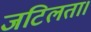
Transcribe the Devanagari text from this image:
जटिलता।